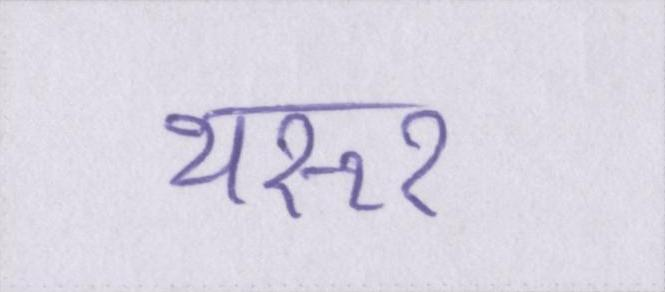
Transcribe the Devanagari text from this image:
थरूर